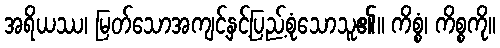
အရိယဿ၊ မြတ်သောအကျင့်နှင့်ပြည့်စုံသောသူ၏။ ကိစ္စံ၊ ကိစ္စကို။